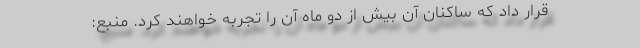
قرار داد که ساکنان آن بیش از دو ماه آن را تجربه خواهند کرد. منبع: